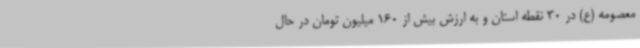
معصومه (ع) در 30 نقطه استان و به ارزش بیش از 160 میلیون تومان در حال